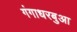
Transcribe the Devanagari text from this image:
गंगाधरबुआ